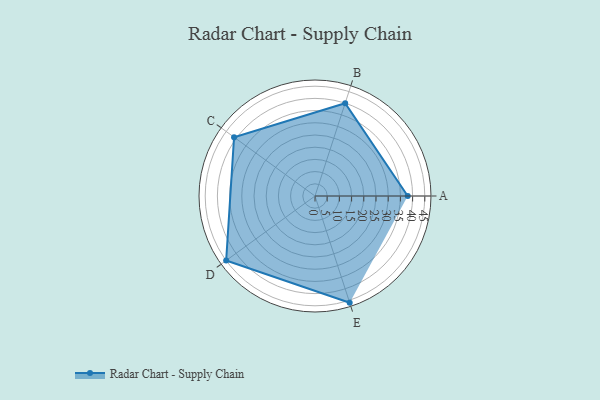
{"axis": {"x": "Skill", "y": "Score"}, "legend": ["Profile"], "data": [{"x": "A", "y": 38.0, "type": "Profile"}, {"x": "B", "y": 40.0, "type": "Profile"}, {"x": "C", "y": 41.0, "type": "Profile"}, {"x": "D", "y": 45.0, "type": "Profile"}, {"x": "E", "y": 46.0, "type": "Profile"}]}